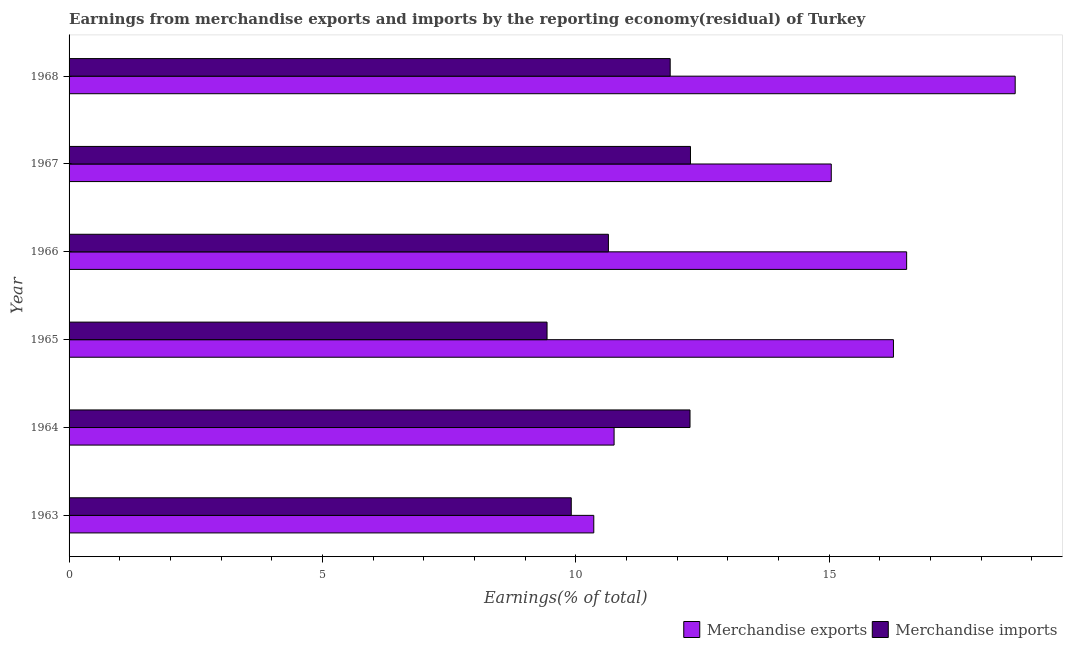
| Year | Merchandise exports | Merchandise imports |
 | --- | --- | --- |
 | 1963 | 10.4 | 9.91 |
 | 1964 | 10.8 | 12.3 |
 | 1965 | 16.3 | 9.43 |
 | 1966 | 16.5 | 10.6 |
 | 1967 | 15 | 12.3 |
 | 1968 | 18.7 | 11.9 |